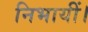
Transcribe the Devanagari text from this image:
निभायीं।